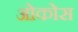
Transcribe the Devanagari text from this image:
ओकोस